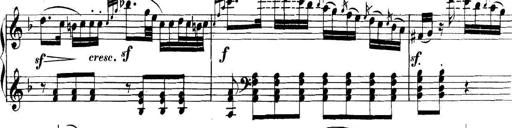
Title: Collected Piano Sonatas
Composer: Muzio Clementi